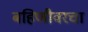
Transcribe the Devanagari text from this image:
बहिणीवरचा